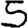
Digit: 5